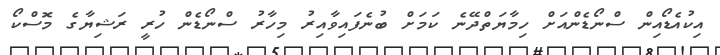
އިކުއެޑޯއިން ސްނޯޑެންއަށް ހިމާޔަތްދޭނެ ކަމަށް ބުނެފައިވާއިރު މިހާރު ސްނޯޑެން ހުރީ ރަޝިޔާގެ މޮސްކޯ